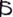
Text: S